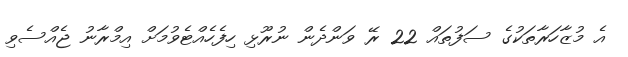
އެ މުޒާހަރާތަކުގެ ސަފުތައް 22 ރޭ ވަންދެން ނުރޫޅި ހިފެހެއްޓެވުމަށް އިމްރާނު ޖެއްސެވި